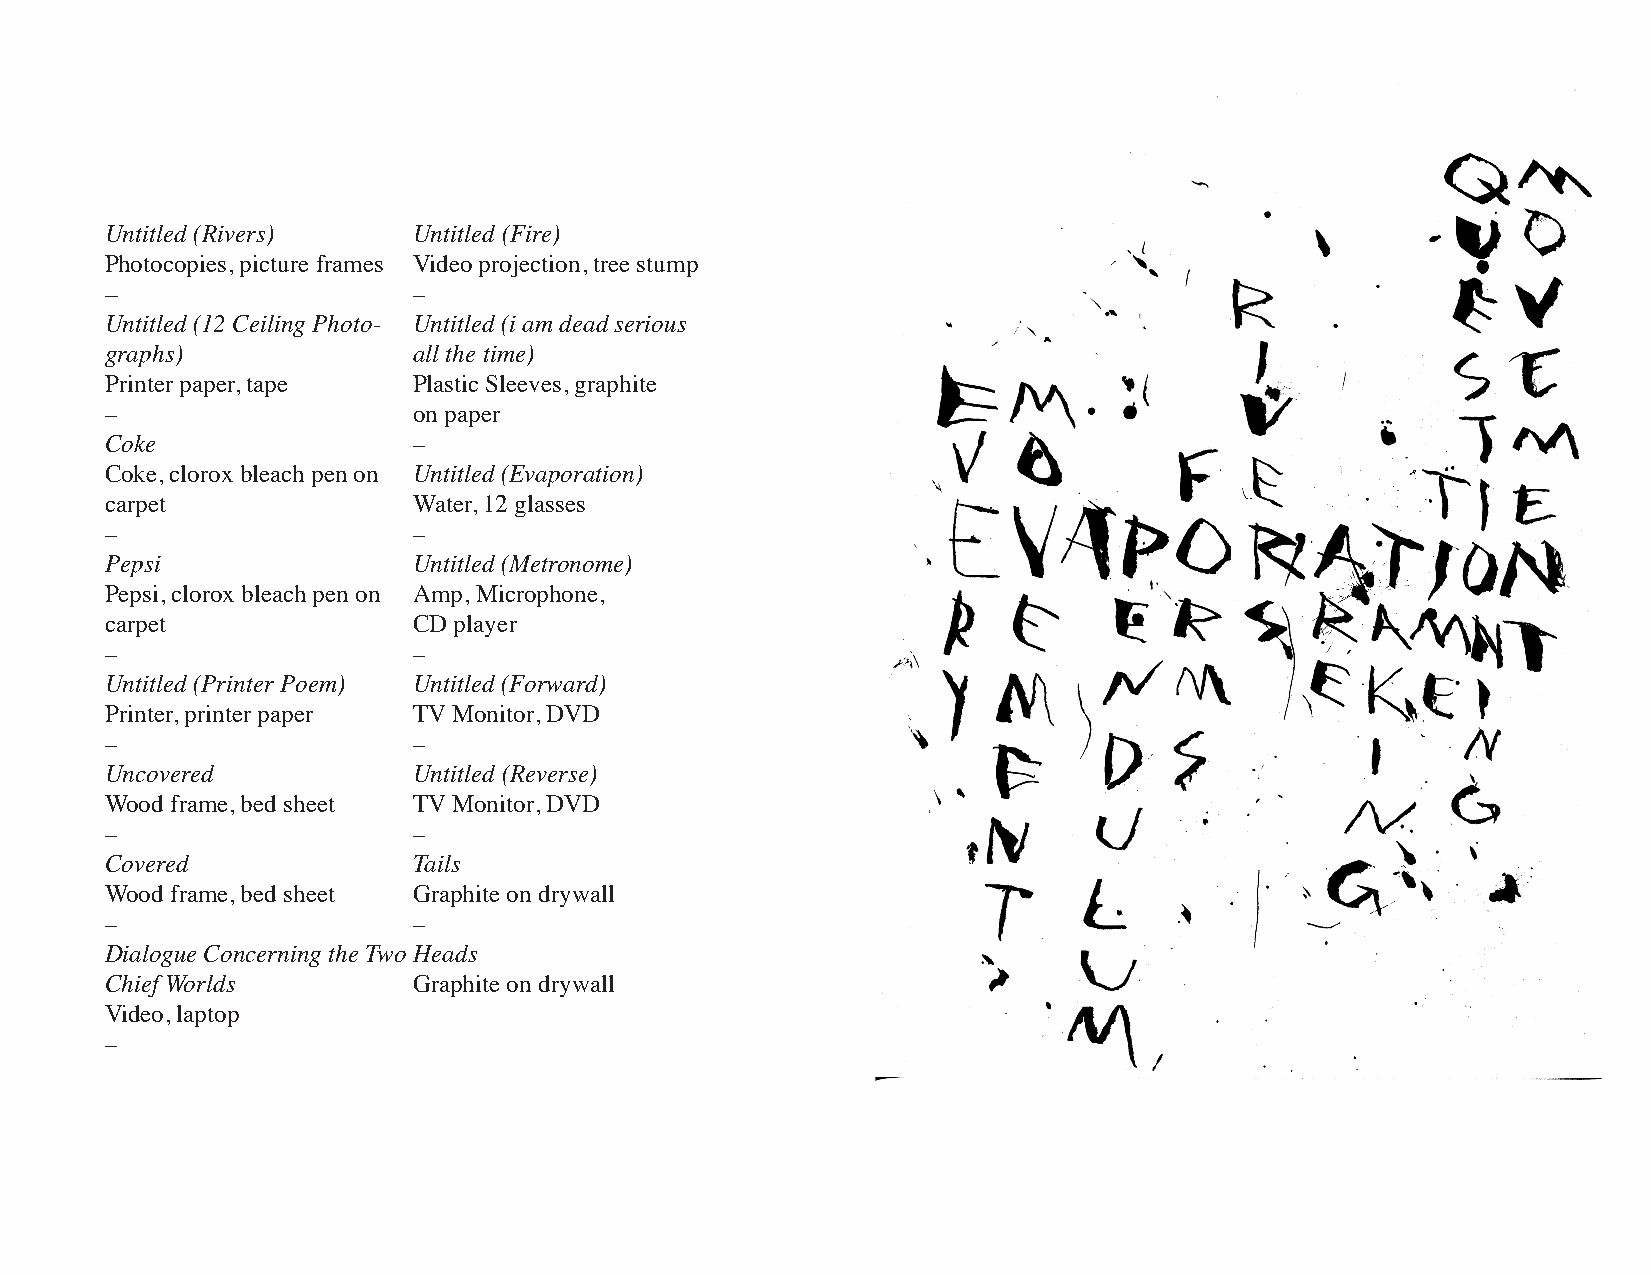
Untitled (Rivers)   Untitled (Fire)
 Photocopies, picture frames Video projection, tree stump
 –                   –
 Untitled (12 Ceiling Photo- Untitled (i am dead serious
 graphs)             all the time)
 Printer paper, tape Plastic Sleeves, graphite
 –                   on paper
 Coke                –
 Coke, clorox bleach pen on Untitled (Evaporation)
 carpet              Water, 12 glasses
 –                   –
 Pepsi               Untitled (Metronome)
 Pepsi, clorox bleach pen on Amp, Microphone,
 carpet              CD player
 –                   –
 Untitled (Printer Poem) Untitled (Forward)
 Printer, printer paper TV Monitor, DVD
 –                   –
 Uncovered           Untitled (Reverse)
 Wood frame, bed sheet TV Monitor, DVD
 –                   –
 Covered             Tails
 Wood frame, bed sheet Graphite on drywall
 –                   –
 Dialogue Concerning the Two Heads
 Chief Worlds        Graphite on drywall
 Video, laptop
 –